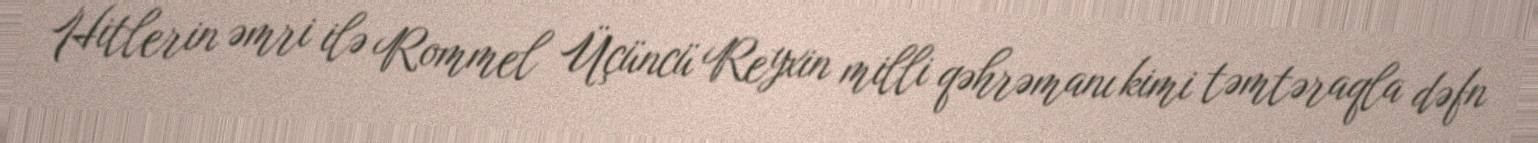
Hitlerin əmri ilə Rommel Üçüncü Reyxin milli qəhrəmanı kimi təmtəraqla dəfn